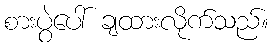
စားပွဲပေါ် ချထားလိုက်သည်။